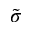
\tilde { \sigma }